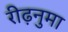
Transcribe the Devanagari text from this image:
रीढ़नुमा